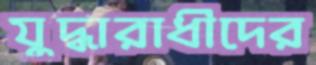
যুদ্ধারাধীদের